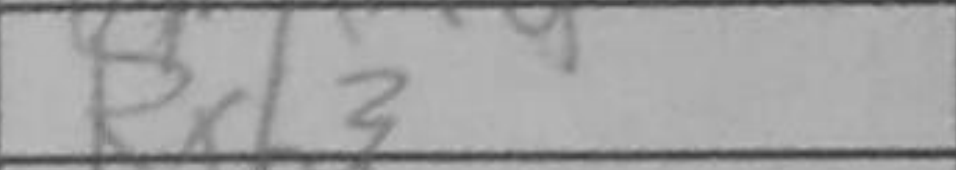
Transcription: Rxh3